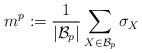
LaTeX: \begin{align*}m^p := \frac{1}{|{\cal B}_p|} \sum_{X \in {\cal B}_p} \sigma_X\end{align*}